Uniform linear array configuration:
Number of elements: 24
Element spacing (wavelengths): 0.75
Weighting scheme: uniform
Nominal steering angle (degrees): -60
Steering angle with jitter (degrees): -60.781
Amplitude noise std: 0.05
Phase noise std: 0.05

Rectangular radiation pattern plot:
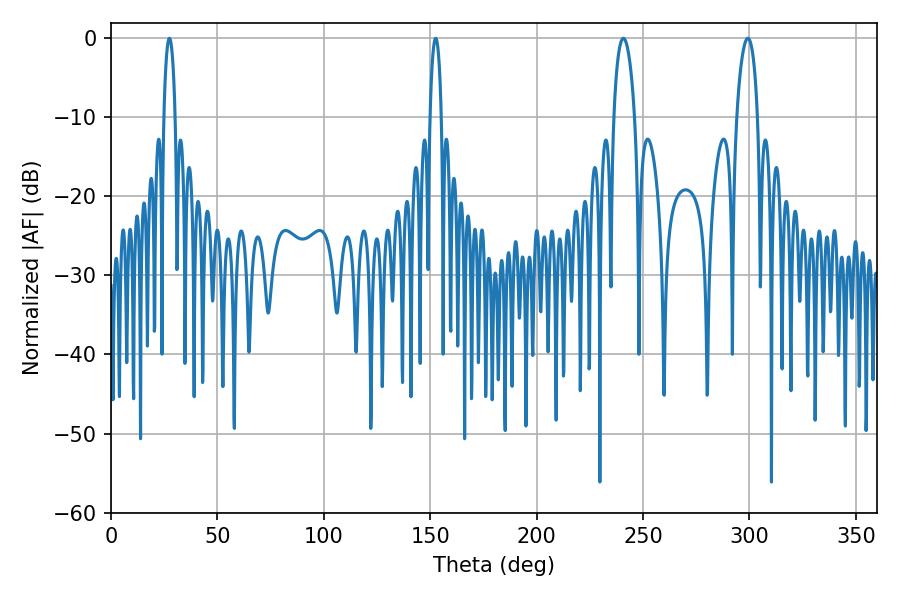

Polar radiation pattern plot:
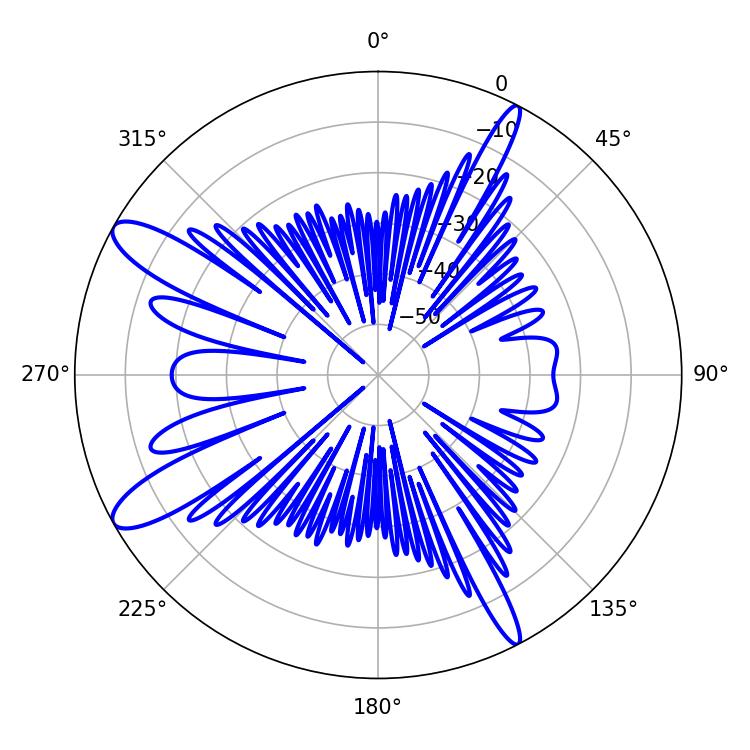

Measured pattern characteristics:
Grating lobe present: TRUE
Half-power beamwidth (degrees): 5.58
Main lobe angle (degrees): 299.16